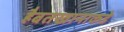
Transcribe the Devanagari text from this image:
हैबतखानाकडे